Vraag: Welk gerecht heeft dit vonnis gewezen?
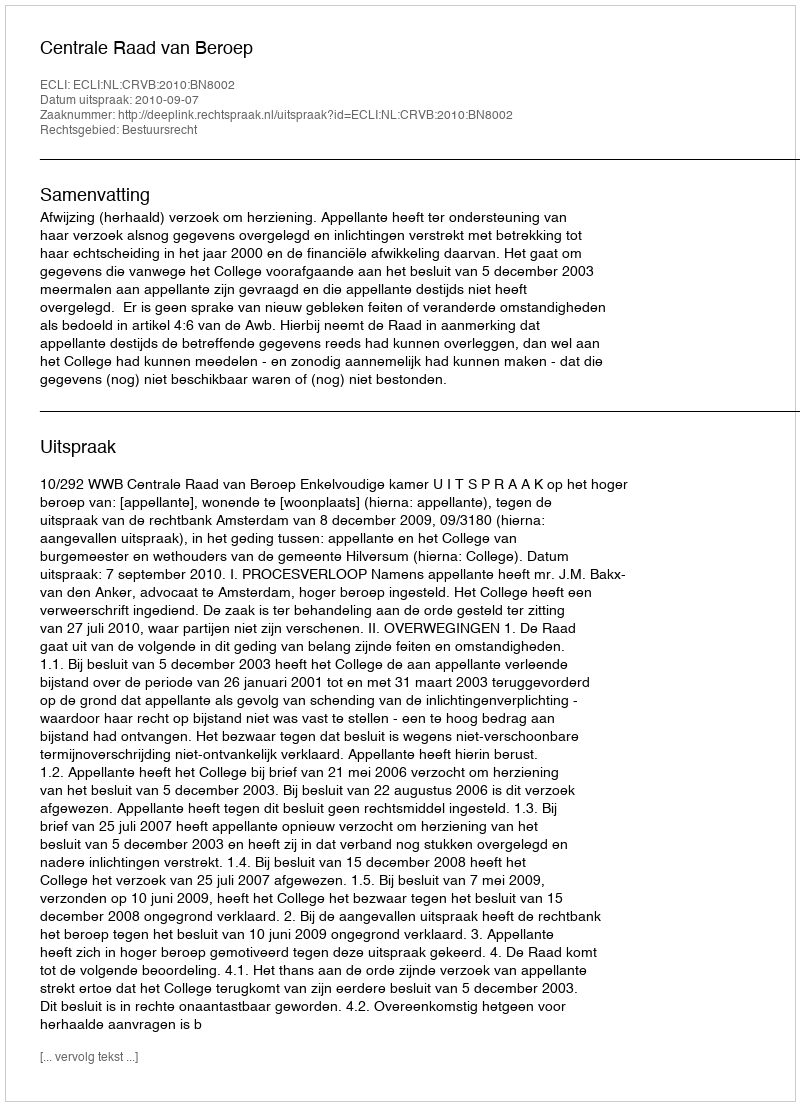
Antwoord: Centrale Raad van Beroep